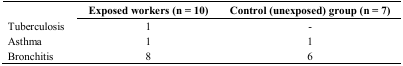
<table><thead><tr><td></td><td><b>Exposed workers (n = 10)</b></td><td><b>Control (unexposed) group (n = 7)</b></td></tr></thead><tbody><tr><td>Tuberculosis</td><td>1</td><td>-</td></tr><tr><td>Asthma</td><td>1</td><td>1</td></tr><tr><td>Bronchitis</td><td>8</td><td>6</td></tr></tbody></table>